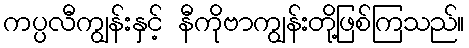
ကပ္ပလီကျွန်းနှင့် နီကိုဗာကျွန်းတို့ဖြစ်ကြသည်။